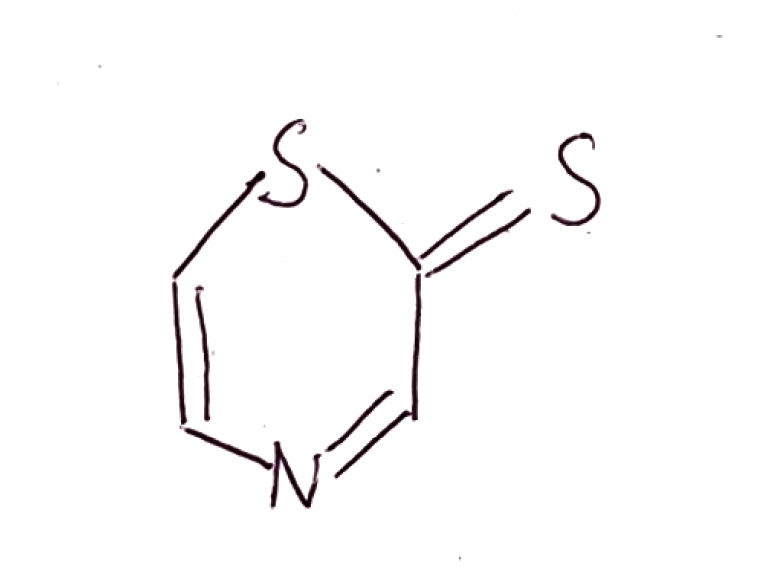
Simplified molecular-input line-entry system (SMILES) notation of the given molecule:
C1=CSC(=S)C=N1